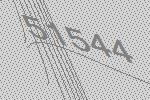
51544